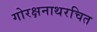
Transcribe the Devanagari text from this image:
गोरक्षनाथरचित